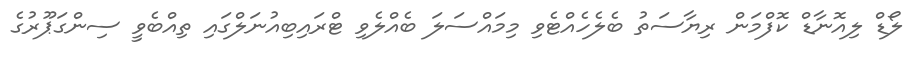
ލޯޑް ލިއޮނާޑް ކޮފްމަން ރިޔާސަތު ބެލެހެއްޓެވި މިމައްސަލަ ބެއްލެވި ޓްރައިބިއުނަލްގައި ތިއްބެވީ ސިންގަޕޫރުގެ